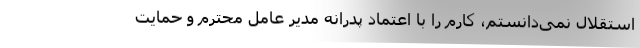
استقلال نمی‌دانستم، کارم را با اعتماد پدرانه مدیر عامل محترم و حمایت